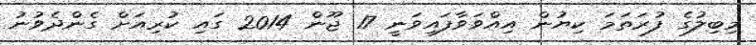
މިބިލުގެ ފުރަތަމަ ކިޔުން އިއްވަވާފައިވަނީ 17 ޖޫން 2014 ގައި ކުރިއަށް ގެންދެވުނު